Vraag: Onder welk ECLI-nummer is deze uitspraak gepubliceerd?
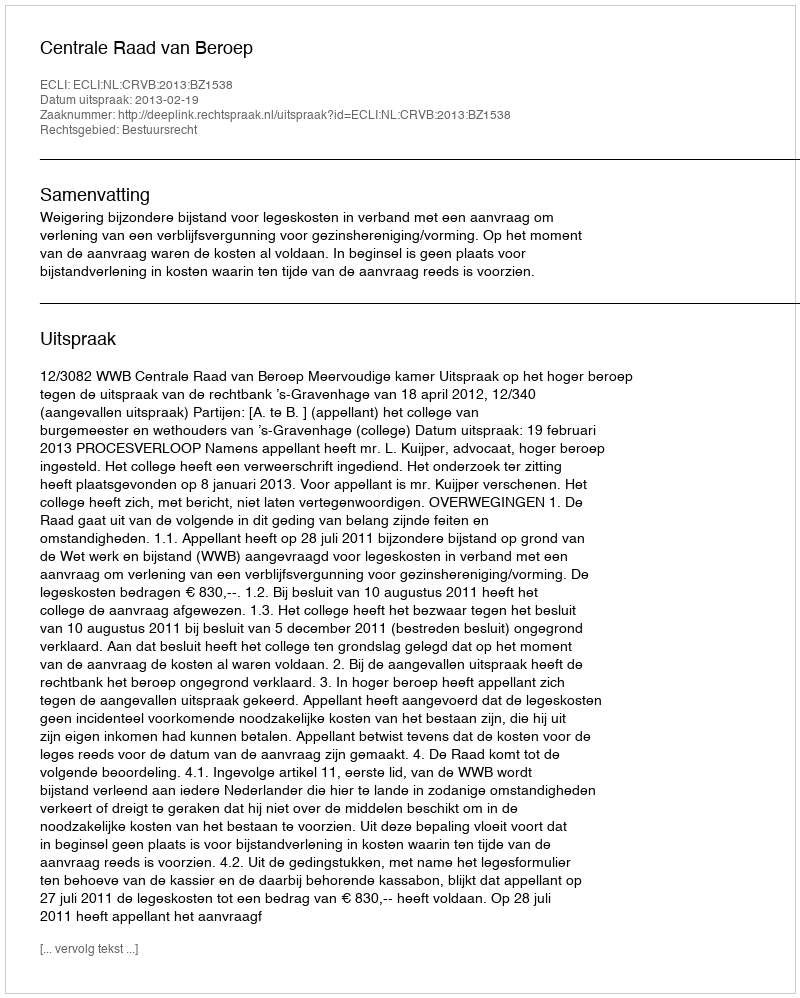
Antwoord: ECLI:NL:CRVB:2013:BZ1538